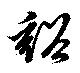
谿